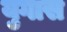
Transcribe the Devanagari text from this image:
युगास